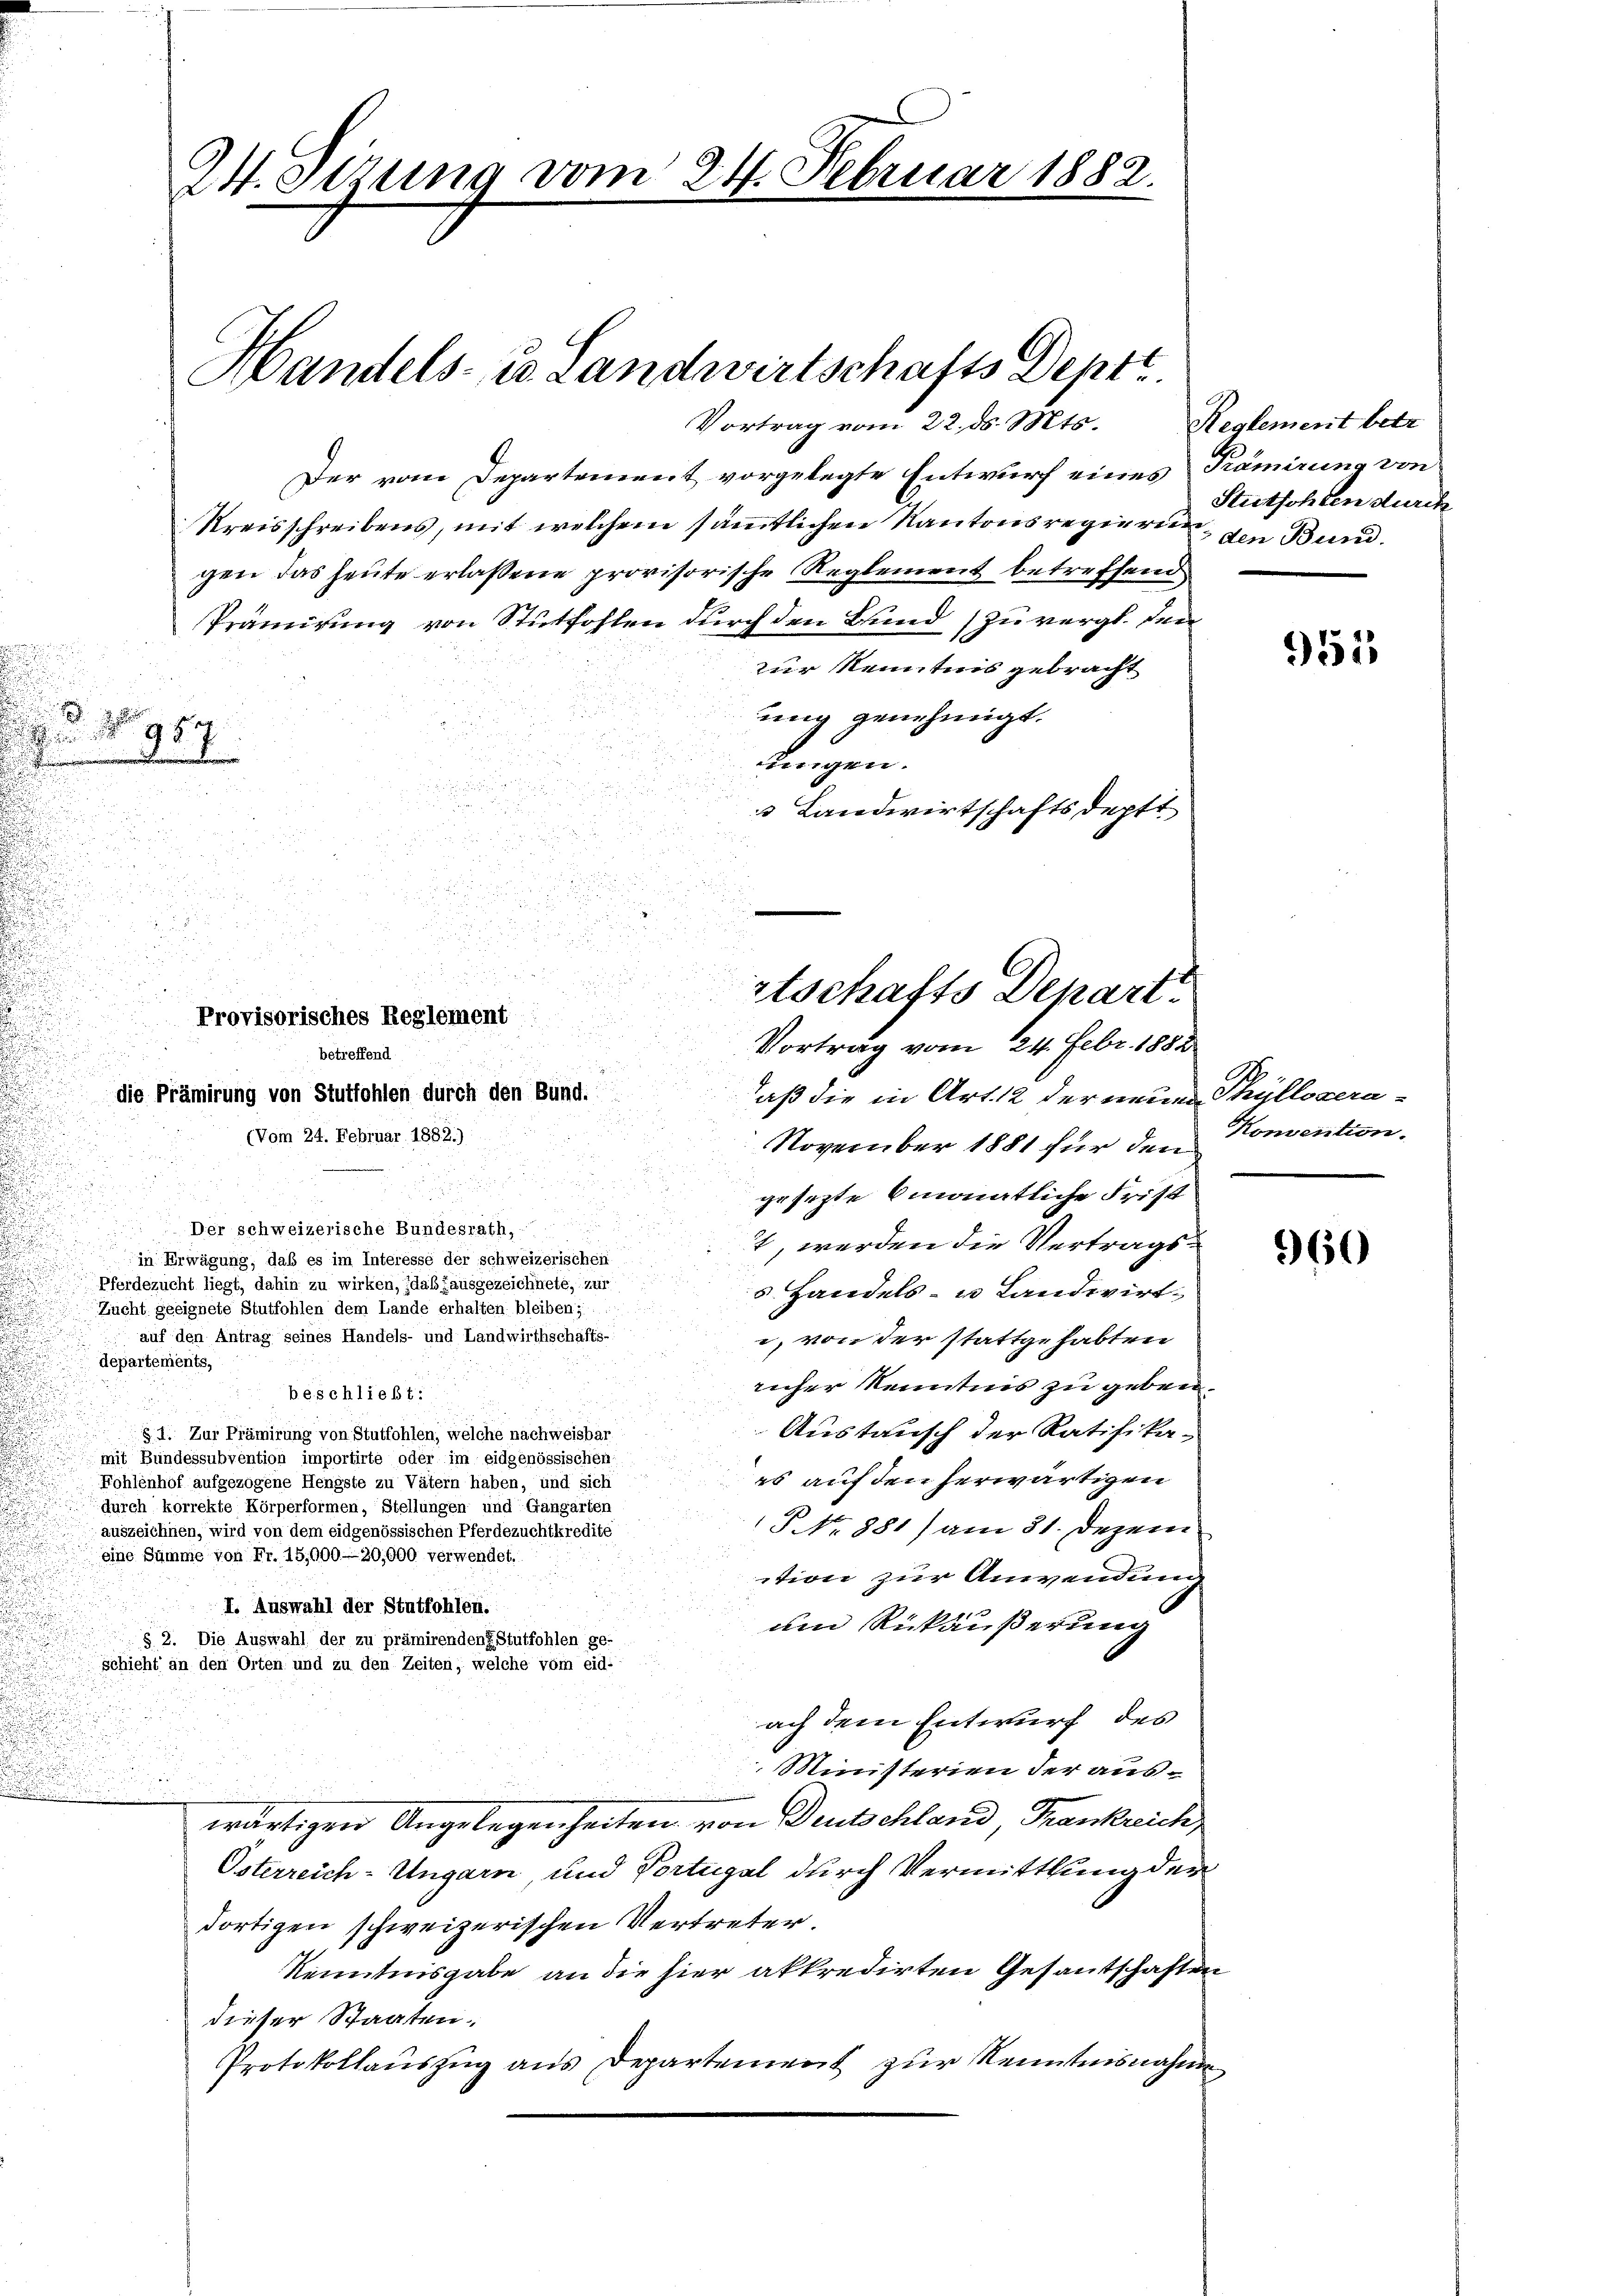
1

d

24. Setzung vom 24. Februar 1882.

Vortrag vom 22. ds. Mts.
Der vom Departement vorgelegte Entwurf eines Kämirung von
Kreisschreibens, mit welchem sämmtlichen Kantonsregierung, den Bund.
gen das heute erlassene provisorische Reglement betreffend
Prämirung von Stutfohlen durch den Bund (zu vergl. den
zur Kenntnis gebracht
ung genehmigt.

e
ungen.
 Landwirtschaftsdeptt

Handels- u. Landwirtschafts Deptt.

u
Provisorisches Reglement
betreffend
 die Prämirung von Stuttohlen durch den Bund.
(Vom 24. Februar 1882.)

Der schweizerische Bundesrath,

stschafts Depart.
Vortrag vom 24. Febr. 1882

aß die in Art. 12 der neuen Thüllocera-
November 1881 für den
u

d
gesetzte monatliche Frist
dan
.
t, werden die Vertrags¬

in Erwägung, daß es im Interesse der schweizerischen
u
Pferdezucht liegt, dahin zu wirken, daß ausgezeichnete, zur
s Handels- u Landwirt¬
Zucht geeignete Stutfohlen dem Lande erhalten bleiben;
auf den Antrag seines Handels- und Landwirthschäfts-
, von der stattgehabten
departements,
i
rüher Kenntnis zu geben.
beschließt:
Austausch der Ratifika-
§ 1. Zur Prämirung von Stutfohlen, welche nachweisbar
mit Bundessubvention importirte oder im eidgenössischen
es auf den herwärtigen
Fohlenhof aufgezogene Hengste zu Vätern haben, und sich
durch korrekte Körperformen, Stellungen und Gangarten
P No. 881) am 31. Dezem
auszeichnen, wird von dem eidgenössischen Pferdezuchtkredite
eine Summe von Fr. 15,900-30,000 verwendet.
tion zur Anwendung
I. Auswahl der Stutfohlen.
uin Rückäußerung
§ 2. Die Auswahl der zu prämirenden Stütfohlen ge-
schieht an den Orten und zu den Zeiten, welche vom eid-
ach dem Entwurf des
Ministerien der auswärtigen Angelegenheiten von Deutschland, Frankreich,
Osterreich-Ungarn, und Vortugal durch Vermittlung der
dortigen schweizerischen Vertreter.
Kenntnisgabe an die hier akkredirten Gesandtschaften
dieser Staaten.
Protokollauszug aus Departement zur Kenntnisnahme

Reglement betr.
Stutsohlen durch

951

Konvention.

960